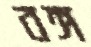
বঙ্গ